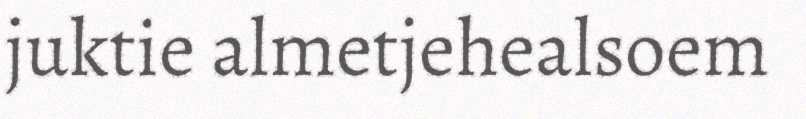
juktie almetjehealsoem